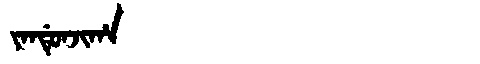
Manchu: ᠶᠠᠨᡩᡠᠨᠵᡳᡥᠠ
Romanization: YANDUNJIHA